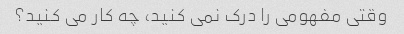
وقتی مفهومی را درک نمی کنید، چه کار می کنید؟